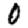
Digit: 0